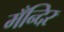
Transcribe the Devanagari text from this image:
मँन्दिर